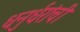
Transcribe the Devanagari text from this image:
धनुर्धरांची